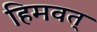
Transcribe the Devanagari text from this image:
हिमवत्‌